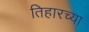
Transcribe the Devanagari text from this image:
तिहारच्या